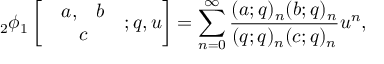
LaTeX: { _ 2 } \phi _ { 1 } \left[ \begin{array} { c } { { \begin{array} { c c } { { a , } } & { { b } } \end{array} } } \\ { { c } } \end{array} ; q , u \right] = \sum _ { n = 0 } ^ { \infty } \frac { ( a ; q ) _ { n } ( b ; q ) _ { n } } { ( q ; q ) _ { n } ( c ; q ) _ { n } } u ^ { n } ,